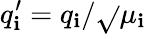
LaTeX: q_{\mathbf{i}}^{\prime}=q_{\mathbf{i}}/\sqrt{}{{\mu_{\mathbf{i}}}}